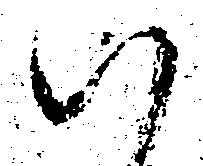
ハ